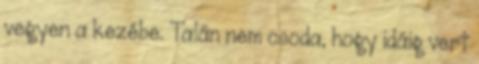
vegyen a kezébe. Talán nem csoda, hogy idáig vert